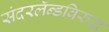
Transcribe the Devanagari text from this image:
संदरलॅन्डविरुद्ध